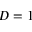
D = 1